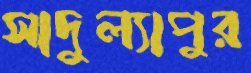
সাদুল্যাপুর